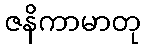
ဇနိကာမာတု